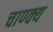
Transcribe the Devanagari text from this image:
चाण्क्य